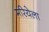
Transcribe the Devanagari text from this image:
मरियेला